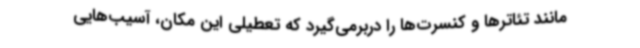
مانند تئاترها و کنسرت‌ها را دربرمی‌گیرد که تعطیلی این مکان، آسیب‌هایی